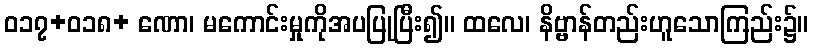
ဝ၁၇+၀၁၈+ ဏော၊ မကောင်းမှုကိုအပပြုပြီး၍။ ထလေ၊ နိဗ္ဗာန်တည်းဟူသောကြည်း၌။